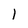
Character: 1